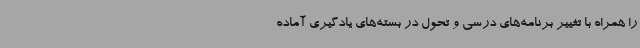
را همراه با تغییر برنامه‌های درسی و تحول در بسته‌های یادگیری آماده